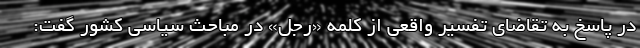
در پاسخ به تقاضاي تفسير واقعي از کلمه «رجل» در مباحث سياسي کشور گفت: